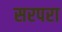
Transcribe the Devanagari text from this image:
सरपरा